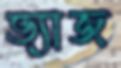
ভ্যাজ